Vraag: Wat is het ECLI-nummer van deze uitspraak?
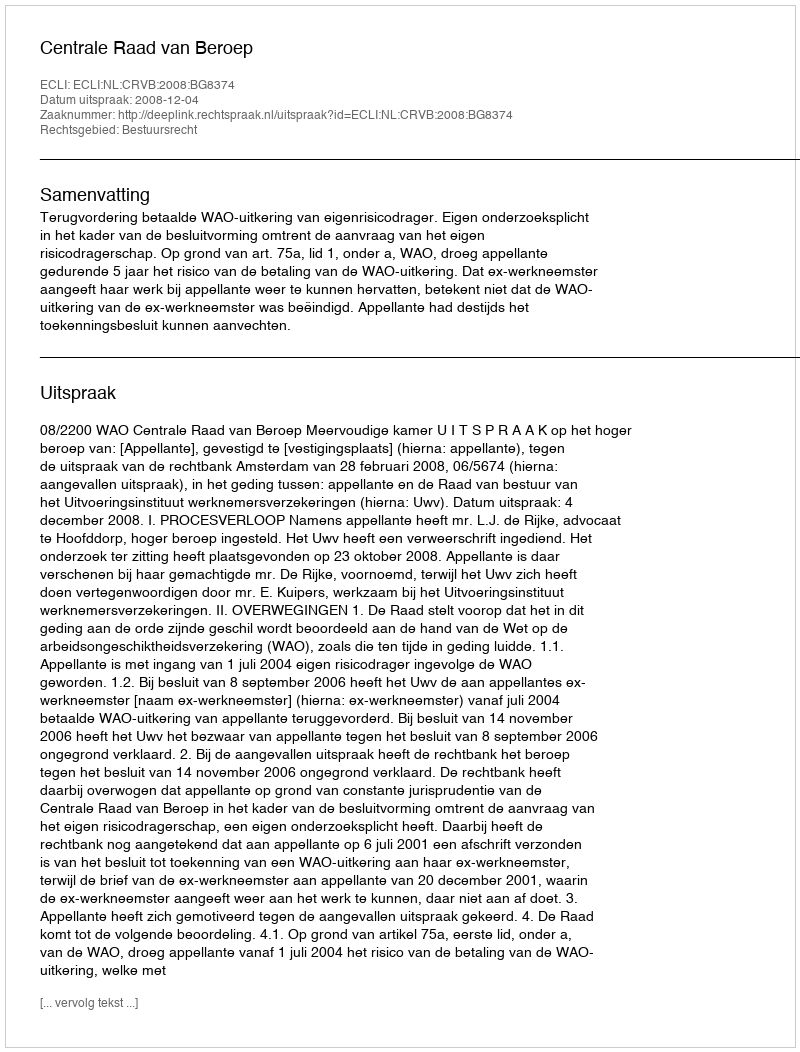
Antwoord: ECLI:NL:CRVB:2008:BG8374